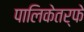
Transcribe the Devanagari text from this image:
पालिकेतर्फे